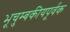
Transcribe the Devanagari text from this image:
भूचुम्बकीयपूर्वक